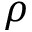
\rho